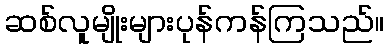
ဆစ်လူမျိုးများပုန်ကန်ကြသည်။